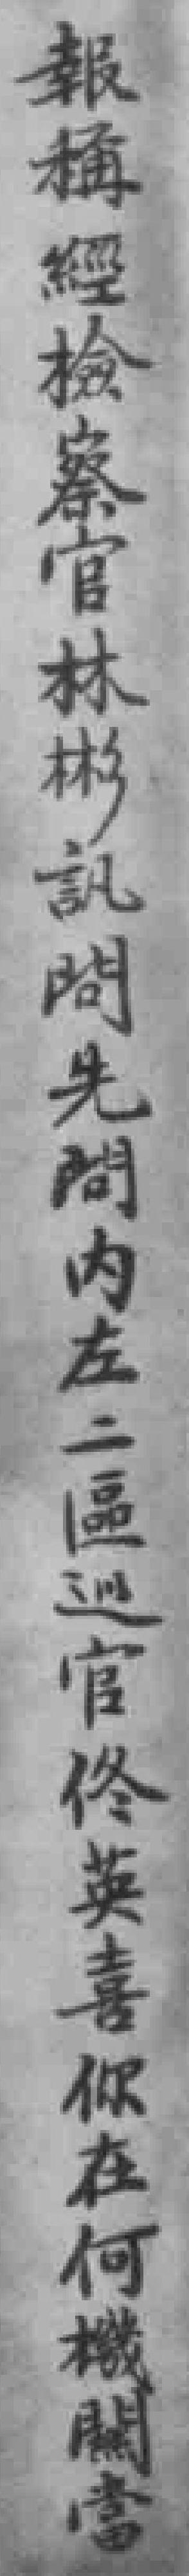
報稱經檢察官林彬訊問先問内左二區巡官佟英喜你在何機闗當